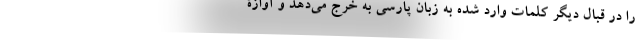
را در قبال دیگر کلمات وارد شده به زبان پارسی به خرج می‌دهد و آوازۀ